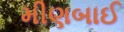
મીણબાઈ